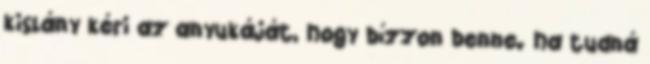
kislány kéri az anyukáját, hogy bízzon benne. ha tudná